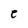
Character: e